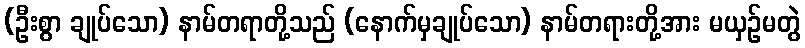
(ဦးစွာ ချုပ်သော) နာမ်တရာတို့သည် (နောက်မှချုပ်သော) နာမ်တရားတို့အား မယှဉ်မတွဲ